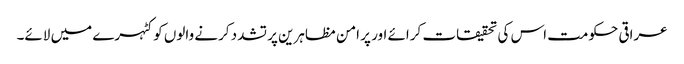
عراقی حکومت اس کی تحقیقات کرائے اور پر امن مظاہرین پر تشدد کرنے والوں کو کٹہرے میں لائے۔